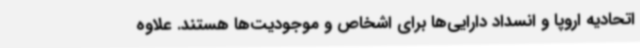
اتحادیه اروپا و انسداد دارایی‌ها برای اشخاص و موجودیت‌ها هستند. علاوه